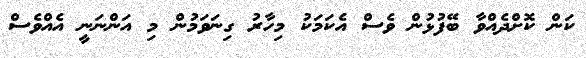
ކަން ކޮށްދެއްވާ ބޭފުޅުން ވެސް އެކަމަކު މިހާރު ގިނަވަމުން މި އަންނަނީ އެއްވެސް